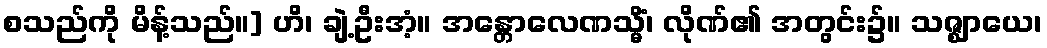
စသည်ကို မိန့်သည်။] ဟိ၊ ချဲ့ဦးအံ့။ အန္တောလေဏသ္မိံ၊ လိုဏ်၏ အတွင်း၌။ သဇ္ဈာယေ၊